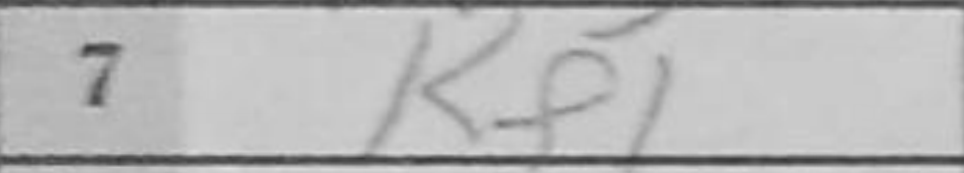
Transcription: Kf1